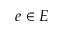
e \in E